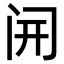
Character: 𫔭